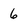
Character: 6